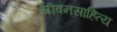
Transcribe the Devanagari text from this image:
जीवनसाहित्य